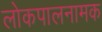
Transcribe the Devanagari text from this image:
लोकपालनामक